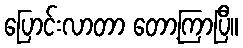
ပြောင်းလာတာ တော့ကြာပြီ။